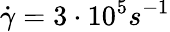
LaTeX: \dot{\gamma}=3\cdot 10^{5}s^{-1}